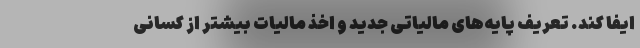
ایفا کند. تعریف پایه‌های مالیاتی جدید و اخذ مالیات بیشتر از کسانی